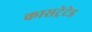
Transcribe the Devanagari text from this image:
कासट्रेटेड